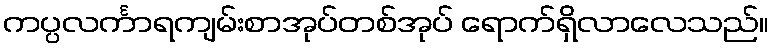
ကပ္ပလင်္ကာရကျမ်းစာအုပ်တစ်အုပ် ရောက်ရှိလာလေသည်။